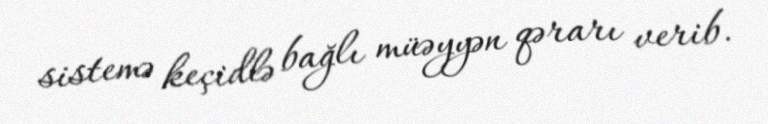
sistemə keçidlə bağlı müəyyən qərarı verib.